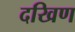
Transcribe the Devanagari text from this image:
दखिण